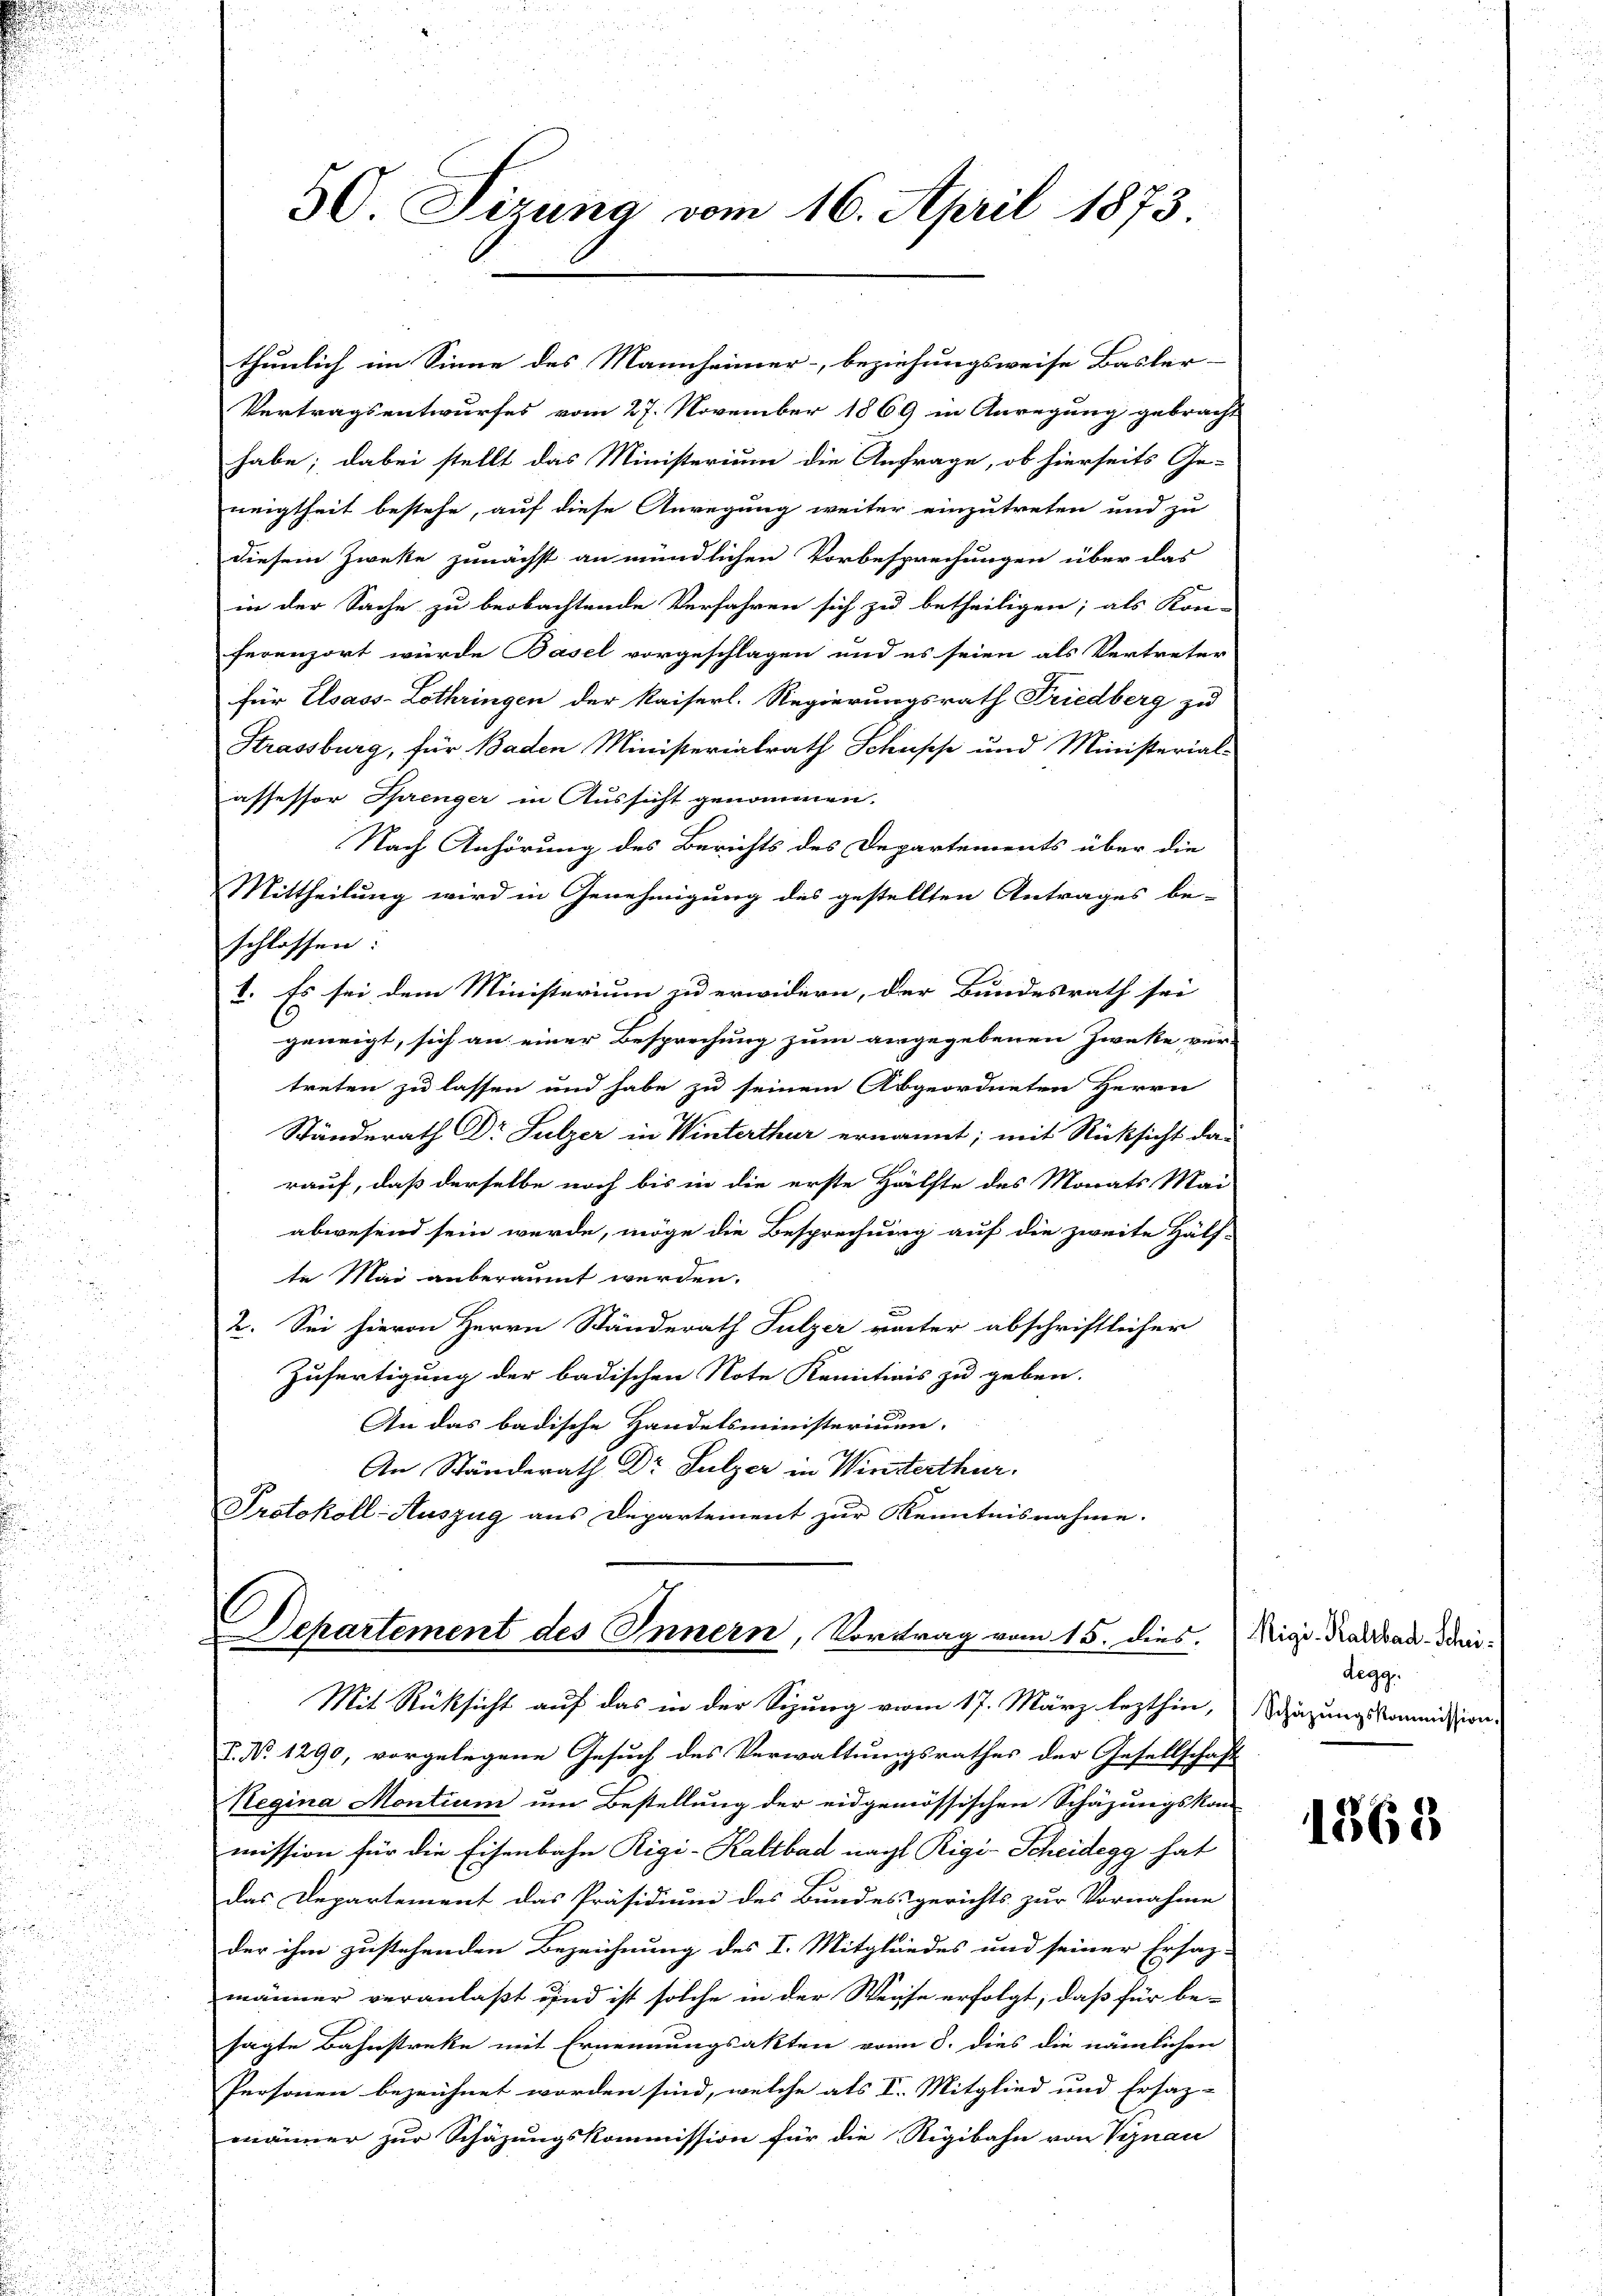
thunlich im Sinne des Mannheimer- beziehungsweise Basler-
Vertragsentwurfes vom 27. November 1869 in Anregung gebracht
habe; dabei stellt das Ministerium die Anfrage, ob hierseits Ge-
neigtheit bestehe, auf diese Anregung weiter einzutreten und zu
diesem Zweke zunächst an mündlichen Vorbesprechungen über das
in der Sache zu beobachtende Verfahren sich zu betheiligen; als Kon-
ferenzort würde Basel vorgeschlagen und es seien als Vertreter
für Elsass-Lothringen der Kaiserl. Regierungsrath Friedberg zu
Strassburg, für Baden Ministerialrath Schuppe und Ministerial-
affessor Sprenger in Aussicht genommen.
Nach Anhörung des Berichts des Departements über die
Mittheilung wird in Genehmigung des gestellten Antrages be-
schlossen:
1. Es sei dem Ministerium zu erwidern, der Bundesrath sei
geneigt, sich an einer Besprechung zum angegebenen Zwecke ver-
treten zu lassen und habe zu seinem Abgeordneten Herrn
Ständerath Dr Sulzer in Winterthur ernannt; mit Rücksicht da-
rauf, daß derselbe noch bis in die erste Hälfte des Monats Mai
abwesend sein werde, möge die Besprechung auf die zweite Hälf-
te Mai anberäumt werden.
2. Sei hievon Herrn Ständerath Sulzer unter abschriftlicher
Zufertigung der badischen Note Kenntinis zu geben.
An das badische Handelsministerium.
An Ständerath Dr Sulzer in Winterthur.
Protokoll-Auszug aus Departement zur Kenntnisnahme.

30 Sizung vom 16. April 1873

1
Departement des Innern, Vortrag vom 15. dies.
Mit Rücksicht auf das in der Sizung vom 17. März lezthin,

I. No. 1290, vorgelegene Gesuch des Verwaltungsrathes der Gesellschaft
Regina Montium um Bestellung der eidgenössischen Schäzungskom-
mission für die Eisenbahn Rigi-Kaltbad nach Rigi-Scheidegg hat
das Departement das Präsidium des Bundesgerichts zur Vornahme
der ihm zustehenden Bezeichnung des I. Mitgliedes und seiner Ersaz-
männer veranlaßt und ist solche in der Weise erfolgt; daß für be-
sagte Bahnstreke mit Ernennungsakten vom 8. dies die nämlichen
Personen bezeichnet worden sind, welche als I. Mitglied und Ersaz-
männer zur Schäzungskommission für die Rigibahn von Viznau

Rigi-Kaltbad-Scheidegg.
Schazungskommission

1868